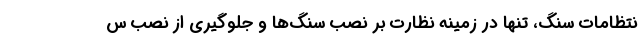
نتظامات سنگ، تنها در زمینه نظارت بر نصب سنگ‌ها و جلوگیری از نصب س